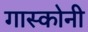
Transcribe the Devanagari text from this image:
गास्कोनी